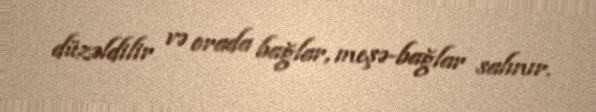
düzəldilir və orada bağlar, meşə-bağlar salınır.